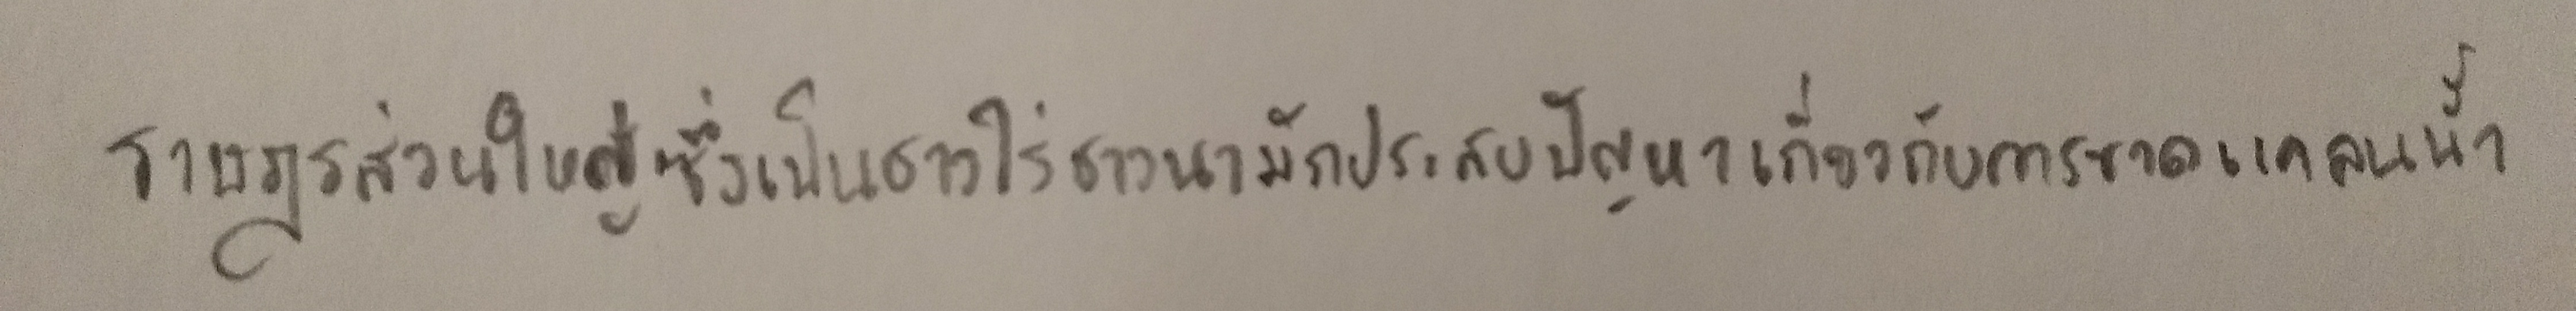
ราษฎรส่วนใหญ่ซึ่งเป็นชาวไร่ชาวนามักประสบปัญหาเกี่ยวกับการขาดแคลนน้ำ